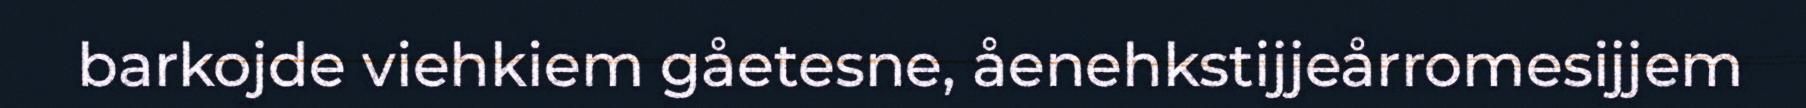
barkojde viehkiem gåetesne, åenehkstijjeårromesijjem